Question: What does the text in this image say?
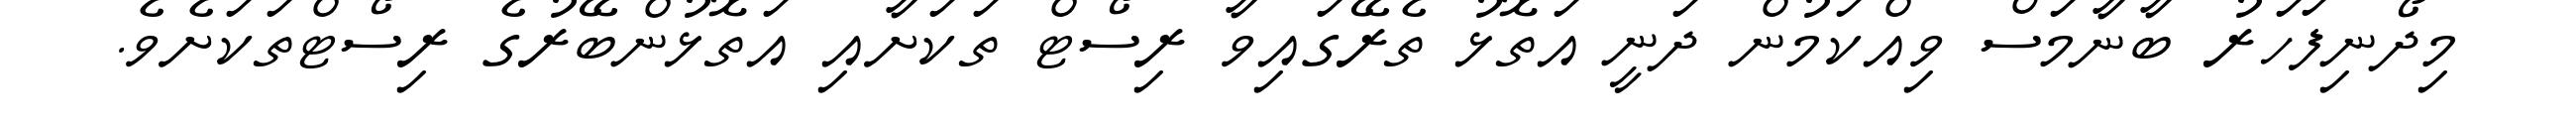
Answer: މިދޯނިފަހަރު ބާނާމަސް ވިއްކަމުން ދަނީ އަތޮޅު ތެރޭގައިވާ ރިސޯޓް ތަކަށާއި އަތޮޅުންބޭރުގެ ރިސޯޓްތަކަށެވެ.